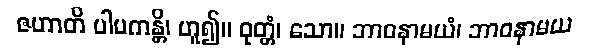
ဇဟာတိ ပါပကန္တိ၊ ဟူ၍။ ဝုတ္တံ၊ သော။ ဘာဝနာမယံ၊ ဘာဝနာမယ